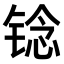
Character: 𫓻